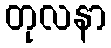
တုလနာ